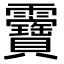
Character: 𩇉